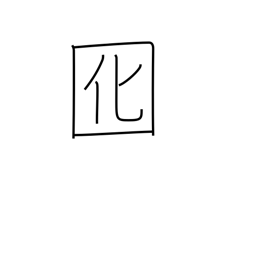
Meaning: lure